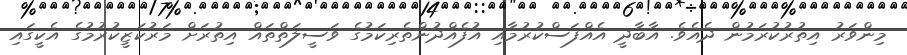
މިންވަރު އިތުރުކުރަމުން ދެއެވެ. އާބާދީ އެއްފަސްކުރުމާއި އުފެއްދުންތެރިކަމުގެ ވަސީލަތްތައް އިތުރަށް މަރުކަޒީކުރުމުގެ އެކީގައި